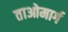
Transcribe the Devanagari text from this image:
ताओमार्ग